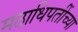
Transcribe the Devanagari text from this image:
मठाधिपतींच्या